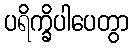
ပရိက္ခိပါပေတွာ